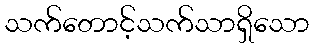
သက်တောင့်သက်သာရှိသော